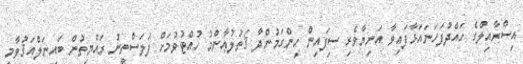
އިސްރާއިލްގެ ހައްދުފަހަނައަޅާފައިވާ އަނިޔާވެރި ސިފައިން ހިންގަމުންދާ ޤަތުލުޢާންމު ހުއްޓުވުމަށް ފަލަސްތީނު ރައްޔިތުން ބައިނަލްއަޤުވާމީ